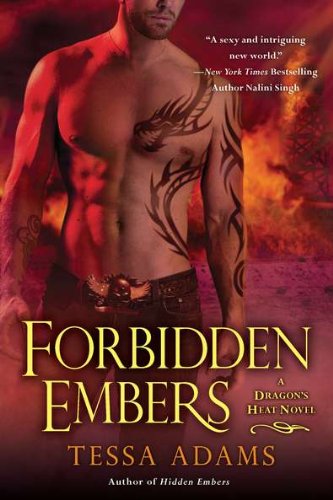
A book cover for Forbidden Embers: A Dragon's Heat Novel; Tessa Adams; Romance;